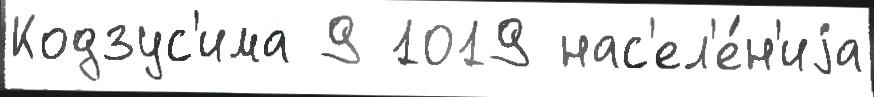
Кодзус'има 9 1019 нас'ел'е́н'иjа